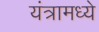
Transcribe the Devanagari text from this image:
यंत्रामध्ये